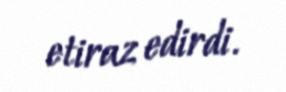
etiraz edirdi.